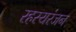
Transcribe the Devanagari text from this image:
रहस्यरंजन